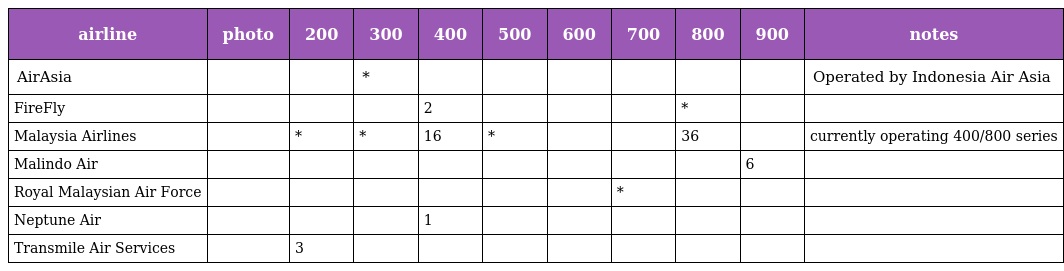
| airline | photo | 200 | 300 | 400 | 500 | 600 | 700 | 800 | 900 | notes |
 | --- | --- | --- | --- | --- | --- | --- | --- | --- | --- | --- |
 | AirAsia |  |  | * |  |  |  |  |  |  | Operated by Indonesia Air Asia |
 | FireFly |  |  |  | 2 |  |  |  | * |  |  |
 | Malaysia Airlines |  | * | * | 16 | * |  |  | 36 |  | currently operating 400/800 series |
 | Malindo Air |  |  |  |  |  |  |  |  | 6 |  |
 | Royal Malaysian Air Force |  |  |  |  |  |  | * |  |  |  |
 | Neptune Air |  |  |  | 1 |  |  |  |  |  |  |
 | Transmile Air Services |  | 3 |  |  |  |  |  |  |  |  |